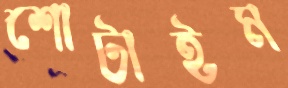
শোটাইম